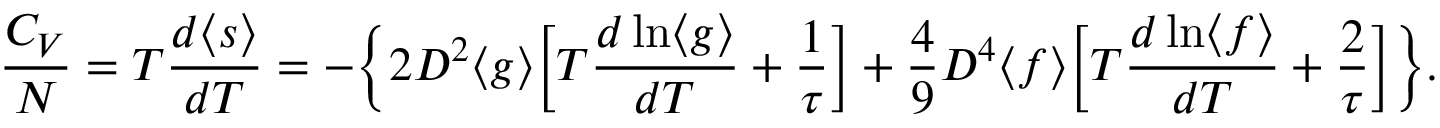
\begin{array} { c c c } { \displaystyle { \frac { C _ { V } } { N } = T \frac { d \langle s \rangle } { d T } = - \bigg \{ 2 D ^ { 2 } \langle g \rangle \bigg [ T \frac { d \ln \langle g \rangle } { d T } + \frac { 1 } { \tau } \bigg ] + \frac { 4 } { 9 } D ^ { 4 } \langle f \rangle \bigg [ T \frac { d \ln \langle f \rangle } { d T } + \frac { 2 } { \tau } \bigg ] \bigg \} . } } \end{array}